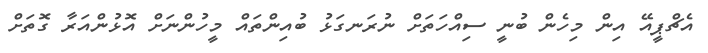
އެޗްޕީއޭ އިން މިހެން ބުނީ ސިއްހަތަށް ނުރަނގަޅު ބުއިންތައް މީހުންނަށް އޮޅުންއަރާ ގޮތަށް